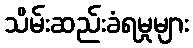
သိမ်းဆည်းခံရမှုများ